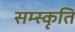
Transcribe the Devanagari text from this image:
सम्स्कृति